Scottish Certificate of Education, 1963
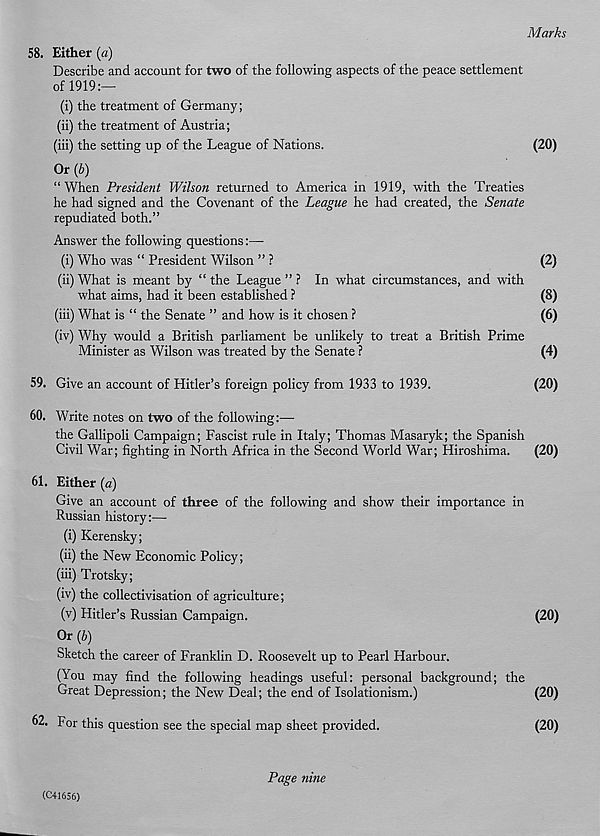
Marks
58. Either (a)
Describe and account for two of the following aspects of the peace settlement
of 1919:—
(i) the treatment of Germany;
(ii) the treatment of Austria;
(iii) the setting up of the League of Nations.
(20)
Or (6)
“ When President Wilson returned to America in 1919, with the Treaties
he had signed and the Covenant of the League he had created, the Senate
repudiated both.”
Answer the following questions
(i) Who was “ President Wilson ” ?
(2)
(ii) What is meant by “ the League ” ? In what circumstances, and with
what aims, had it been established ?
(8)
(iii) What is “ the Senate ” and how is it chosen ?
(6)
(iv) Why would a British parliament be unlikely to treat a British Prime
Minister as Wilson was treated by the Senate ?
(4)
59. Give an account of Hitler’s foreign policy from 1933 to 1939.
(20)
60. Write notes on two of the following:—•
the Gallipoli Campaign; Fascist rule in Italy; Thomas Masaryk; the Spanish
Civil War; fighting in North Africa in the Second World War; Hiroshima.
(20)
61. Either (a)
Give an account of three of the following and show their importance in
Russian history:—
(i) Kerensky;
(ii) the New Economic Policy;
(iii) Trotsky;
(iv) the collectivisation of agriculture;
(v) Hitler’s Russian Campaign.
(20)
Or (6)
Sketch the career of Franklin D. Roosevelt up to Pearl Harbour.
(You may find the following headings useful: personal background; the
Great Depression; the New Deal; the end of Isolationism.)
(20)
62. For this question see the special map sheet provided.
(20)
(C41656)
Page nine